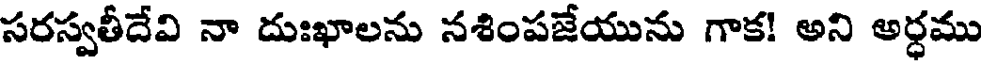
సరస్వతీదేవి నా దుఃఖాలను నశింపజేయును గాక! అని అర్ధము